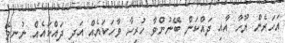
އަހަރެން ޔޫހާ އާއި ދައްކަން ބޭނުންވާ ހުރިހާ ވާހަކައެއް އަދި ދައްކައެއް ނުނިމޭ